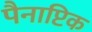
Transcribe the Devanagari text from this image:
पैनाप्टिक